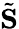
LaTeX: \tilde{\mathbf S}